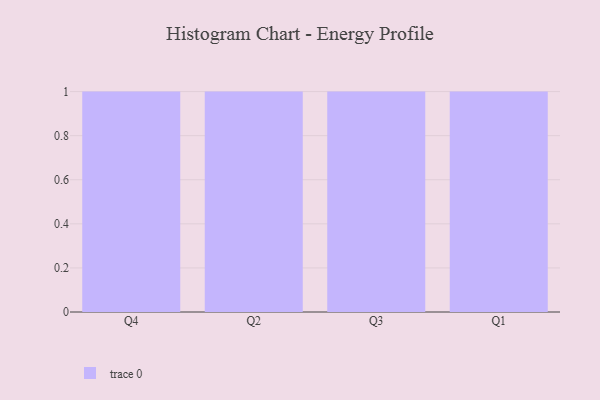
{"axis": {"x": "Quarter", "y": "Operating Costs (USD K)"}, "legend": [""], "data": [{"x": "Q4", "y": 81, "type": ""}, {"x": "Q2", "y": 31, "type": ""}, {"x": "Q3", "y": 68, "type": ""}, {"x": "Q1", "y": 25, "type": ""}]}